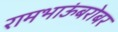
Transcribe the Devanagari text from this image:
रामभाऊंबरोबर